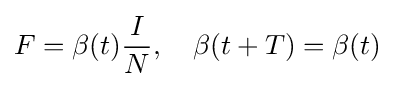
F=\beta (t){\frac {I}{N}},\quad \beta (t+T)=\beta (t)